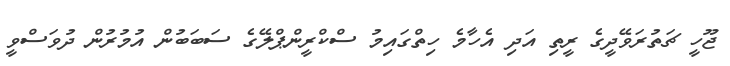
ޖޫހީ ޗަތުރަވޭދީގެ ރީތި އަދި އެހާމެ ހިތްގައިމު ސްކްރީންޕްލޭގެ ސަބަބުން އުމުރުން ދުވަސްވީ